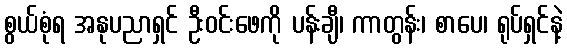
စွယ်စုံရ အနုပညာရှင် ဦးဝင်းဖေကို ပန်းချီ၊ ကာတွန်း၊ စာပေ၊ ရုပ်ရှင်နဲ့